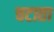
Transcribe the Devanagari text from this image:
चटाता